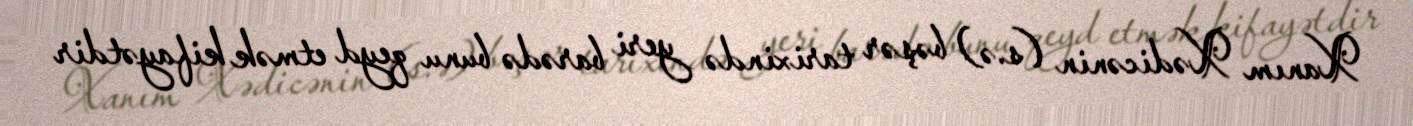
Xanım Xədicənin (s.ə) bəşər tarixində yeri barədə bunu qeyd etmək kifayətdir